Civil Veterinary Department Bihar & Orissa reports 1929-36 - 1929-1936
Year: 1929
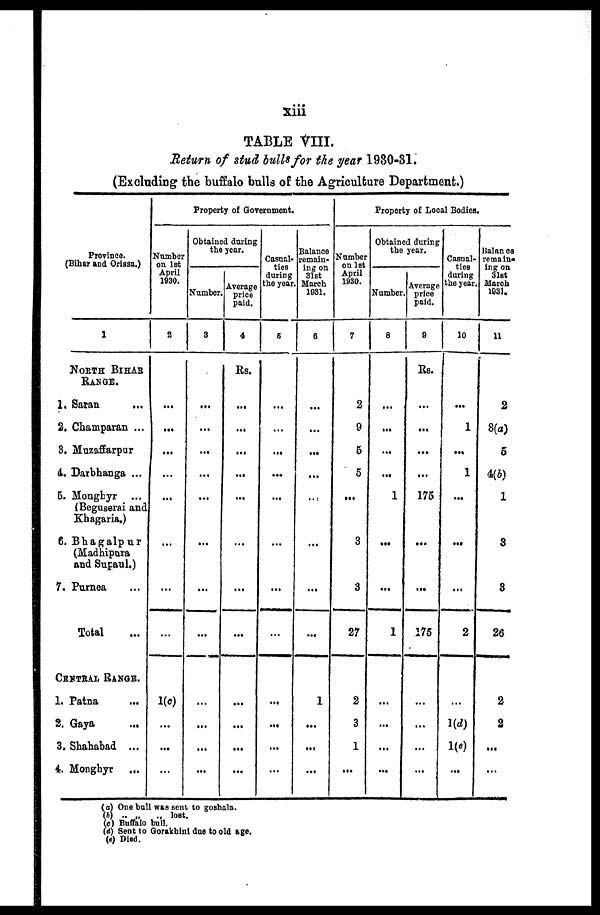
xiii
TABLE VIII.
Return of stud bulls for the year 1980-31.
(Excluding the buffalo bulls of the Agriculture Department.)
Province.
(Bihar and Orissa.)
1
NORTH BIHAR
RANGE.
1. Saran ...
2. Champaran ...
8. Muzaffarpur
4. Darbhanga ...
5. Monghyr ...
(Beguserai and
Kbagaria.)
6. Bhagalpur
(Madhipura
and Supaul.)
7. Purnea ...
Total ...
CENTRAL RANGE.
1. Patna ...
2. Gaya ...
3, Shababad ...
4. Mongbyr ...
Property of Government.
Number
on 1st
April
1930.
2
...
...
...
...
...
...
...
...
1(c)
...
...
...
Obtained during
the year.
Number.
3
...
...
...
...
...
...
...
...
...
...
...
...
Average
price
paid.
4
Rs.
...
...
...
...
...
...
...
...
...
...
...
...
Casual-
ties
during
the year.
5
...
...
...
...
...
...
...
...
...
...
...
...
Balance
remain-
ing on
31st
March
1931.
6
...
...
...
...
...
...
...
...
1
...
...
...
Property of Local Bodies.
Number
on 1st
April
1930.
7
2
9
5
5
...
3
3
27
2
3
1
...
Obtained during
the year.
Number
8
...
...
...
...
1
...
...
1
...
...
...
...
Average
price
paid.
9
Rs.
...
...
...
...
175
...
...
175
...
...
...
...
Casual-
ties
during
the year.
10
...
1
...
1
...
...
...
2
...
1(d)
1(e)
...
Balance
remain-
ing on
31st
March
1931.
11
2
8(a)
5
4(b)
1
3
3
26
2
2
...
...
(a) One bull was sent to goshala.
(b) .. ..
.. lost,
(c) Buffalo bull.
(d) Sent to Gorakhini due to old age.
(e) Died.